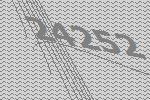
24252